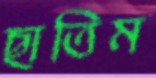
ছাতিম